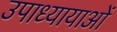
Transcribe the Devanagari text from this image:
उपाध्यायाओं